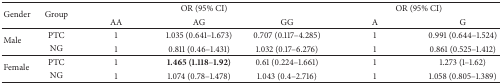
| <ROWSPAN=2> Gender | <ROWSPAN=2> Group | <COLSPAN=3> OR (95% CI) | <COLSPAN=2> OR (95% CI) |
 | AA | AG | GG | A | G |
 | --- | --- | --- | --- | --- | --- | --- |
 | <ROWSPAN=2> Male | PTC | 1 | 1.035 (0.641–1.673) | 0.707 (0.117–4.285) | 1 | 0.991 (0.644–1.524) |
 | NG | 1 | 0.811 (0.46–1.431) | 1.032 (0.17–6.276) | 1 | 0.861 (0.525–1.412) |
 | <ROWSPAN=2> Female | PTC | 1 | 1.465 (1.118–1.92) | 0.61 (0.224–1.661) | 1 | 1.273 (1–1.62) |
 | NG | 1 | 1.074 (0.78–1.478) | 1.043 (0.4–2.716) | 1 | 1.058 (0.805–1.389) |